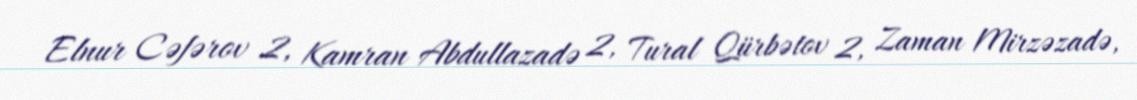
Elnur Cəfərov 2, Kamran Abdullazadə 2, Tural Qürbətov 2, Zaman Mirzəzadə,